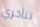
تتأخري